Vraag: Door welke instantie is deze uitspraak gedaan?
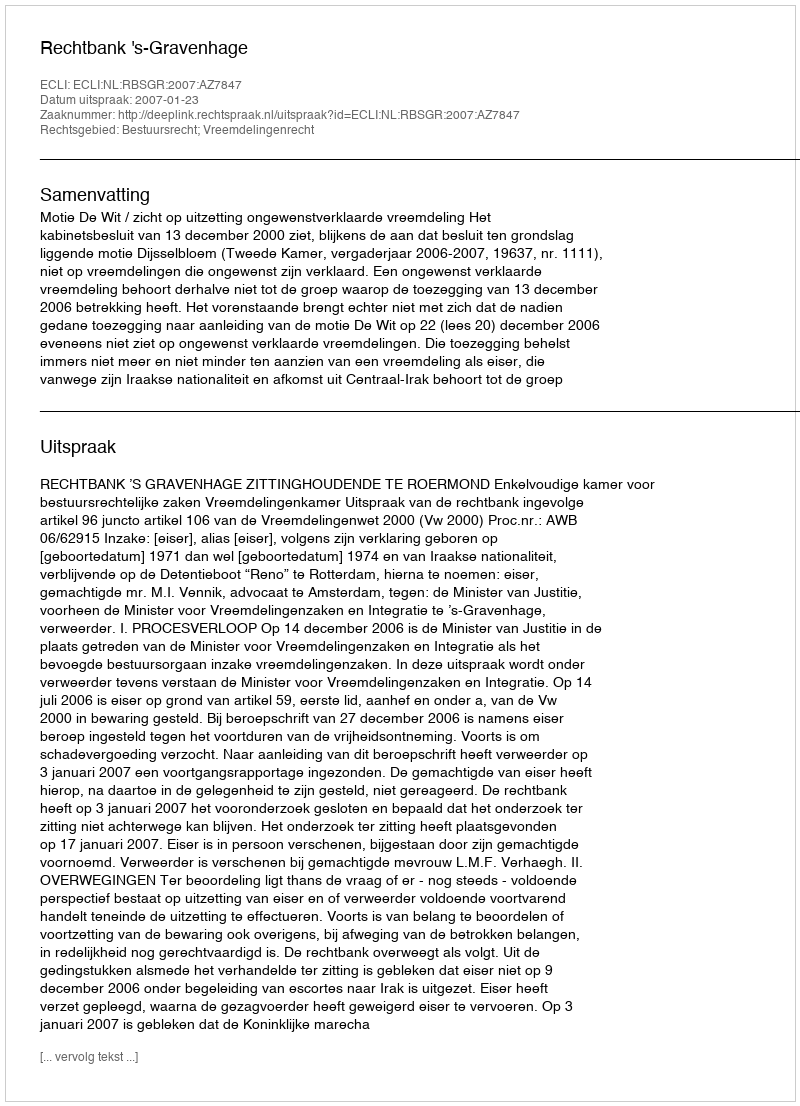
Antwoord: Rechtbank 's-Gravenhage